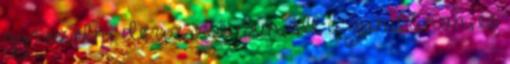
gyászolni de az idő nem áll a gundanon, és